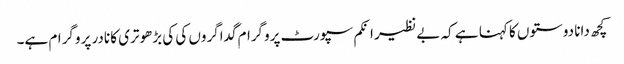
کچھ دانا دوستوں کا کہنا ہے کہ بے نظیر انکم سپورٹ پروگرام گداگروں کی کی بڑھوتری کا نادر پروگرام ہے۔